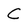
Character: C